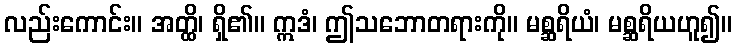
လည်းကောင်း။ အတ္ထိ၊ ရှိ၏။ ဣဒံ၊ ဤသဘောတရားကို။ မစ္ဆရိယံ၊ မစ္ဆရိယဟူ၍။